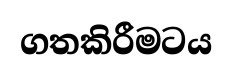
ගතකිරීමටය